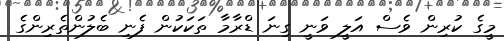
މީގެ ކުރިން ވެސް އަލީ ވަނީ ގިނަ ޑްރާމާ ތަކަކުން ފެނި ބެލުންތެރިންގެ